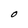
Character: O